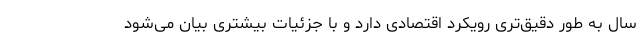
سال به طور دقیق‌تری رویکرد اقتصادی دارد و با جزئیات بیشتری بیان می‌شود